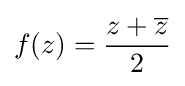
f(z)={\frac {z+{\overline {z}}}{2}}